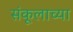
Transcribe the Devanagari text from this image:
संकूलाच्या